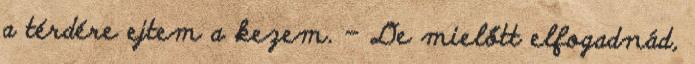
a térdére ejtem a kezem. – De mielőtt elfogadnád,